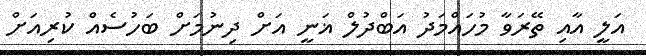
އަލީ އާއި ތޭރަވާ މުހައްމަދު އަބްދުލް ޣަނީ އަށް ދިނުމަށް ބަހުސެއް ކުރިއަށް